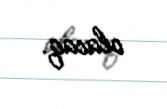
olacaq.